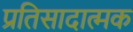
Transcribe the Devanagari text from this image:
प्रतिसादात्मक